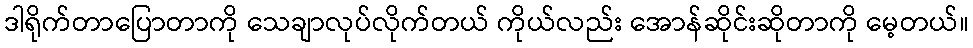
ဒါရိုက်တာပြောတာကို သေချာလုပ်လိုက်တယ် ကိုယ်လည်း အောန်ဆိုင်းဆိုတာကို မေ့တယ်။